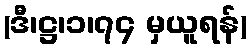
(ဒီ၊ဋ္ဌ၊၁၊၇၄ မှယူရန်)